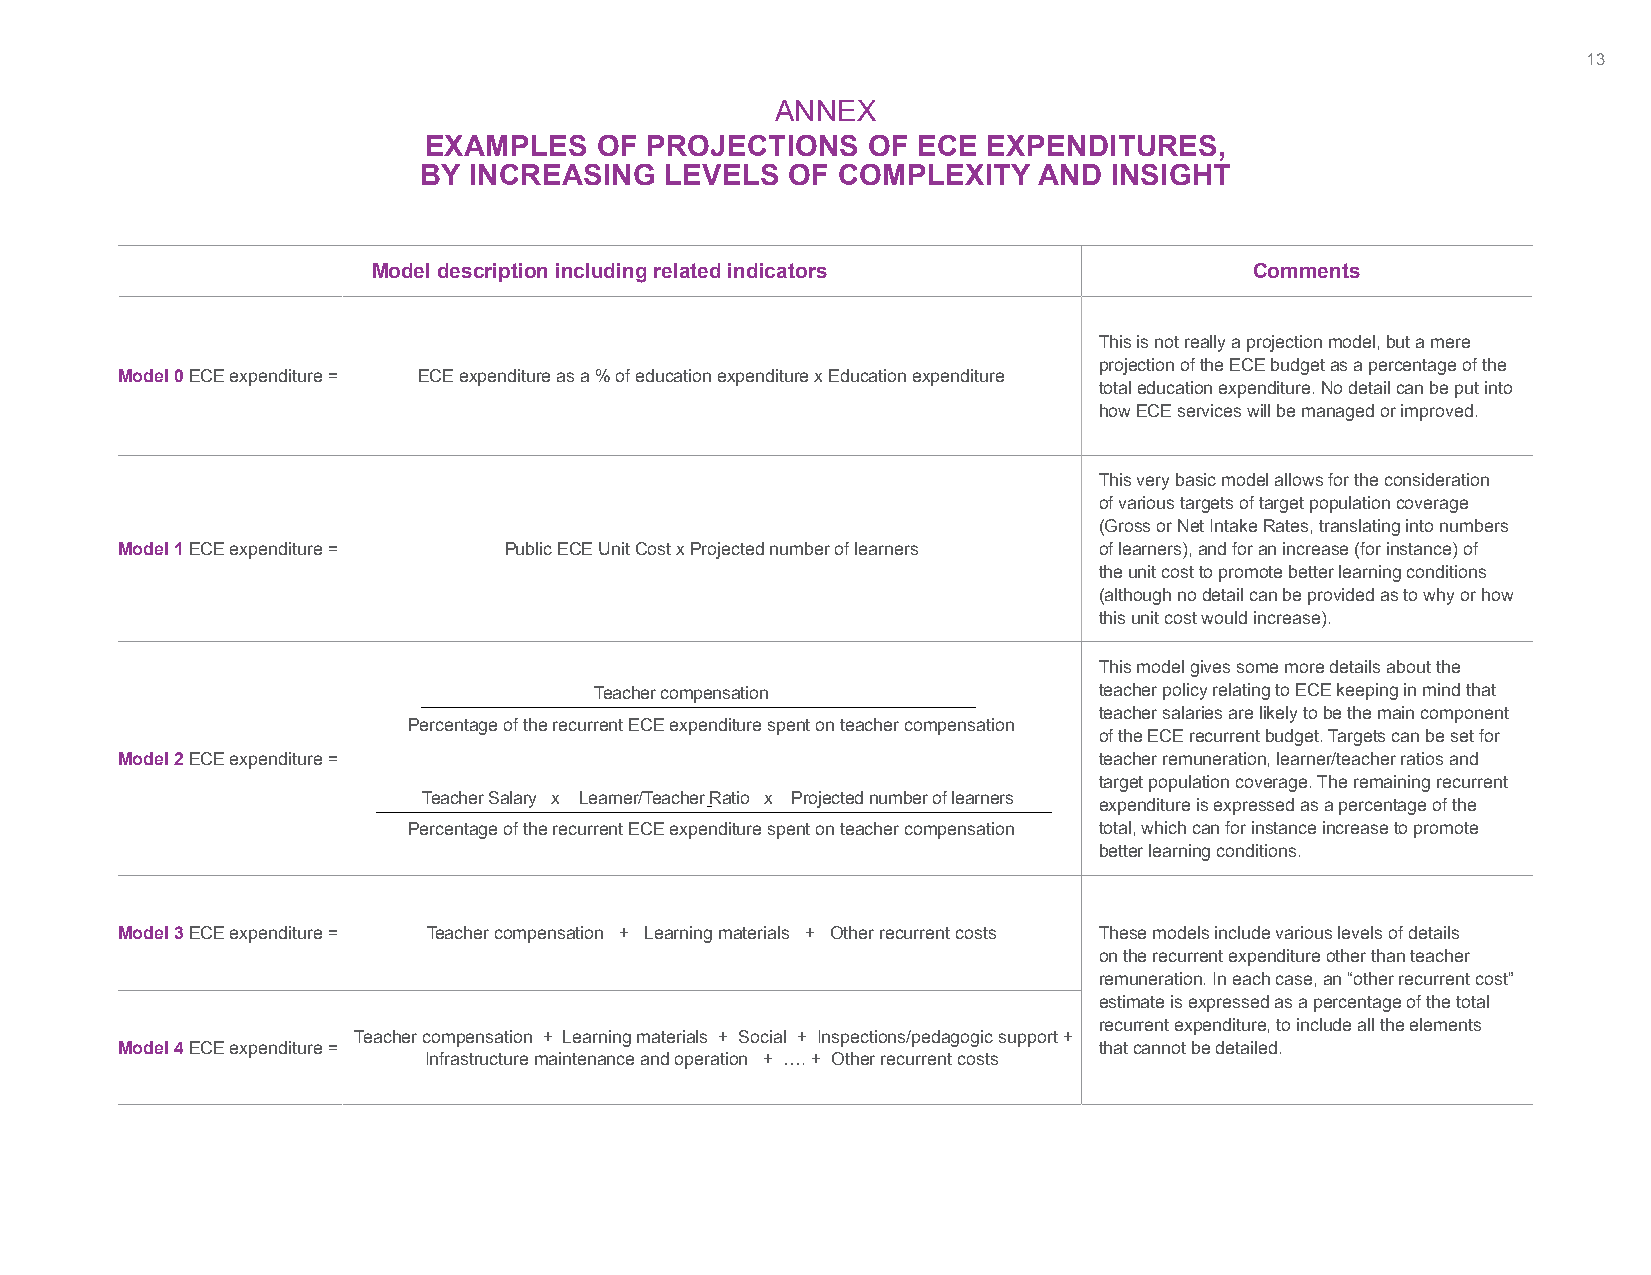
13
 ANNEX
 EXAMPLES   OF  PROJECTIONS   OF  ECE EXPENDITURES,
 BY INCREASING   LEVELS  OF COMPLEXITY    AND INSIGHT
 Model description including related indicators            Comments
 This is not really a projection model, but a mere
 projection of the ECE budget as a percentage of the
 Model 0 ECE expenditure = ECE expenditure as a % of education expenditure x Education expenditure
 total education expenditure. No detail can be put into
 how ECE services will be managed or improved.
 This very basic model allows for the consideration
 of various targets of target population coverage
 (Gross or Net Intake Rates, translating into numbers
 Model 1 ECE expenditure = Public ECE Unit Cost x Projected number of learners of learners), and for an increase (for instance) of
 the unit cost to promote better learning conditions
 (although no detail can be provided as to why or how
 this unit cost would increase).
 This model gives some more details about the
 Teacher compensation              teacher policy relating to ECE keeping in mind that
 teacher salaries are likely to be the main component
 Percentage of the recurrent ECE expenditure spent on teacher compensation
 of the ECE recurrent budget. Targets can be set for
 Model 2 ECE expenditure =                                        teacher remuneration, learner/teacher ratios and
 target population coverage. The remaining recurrent
 Teacher Salary x Learner/Teacher Ratio x Projected number of learners
 expenditure is expressed as a percentage of the
 Percentage of the recurrent ECE expenditure spent on teacher compensation total, which can for instance increase to promote
 better learning conditions.
 Model 3 ECE expenditure = Teacher compensation + Learning materials + Other recurrent costs These models include various levels of details
 on the recurrent expenditure other than teacher
 remuneration. In each case, an “other recurrent cost”
 estimate is expressed as a percentage of the total
 recurrent expenditure, to include all the elements
 Teacher compensation + Learning materials + Social + Inspections/pedagogic support +
 Model 4 ECE expenditure =                                        that cannot be detailed.
 Infrastructure maintenance and operation + …. + Other recurrent costs